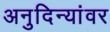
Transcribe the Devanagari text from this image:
अनुदिन्यांवर